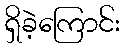
ရှိခဲ့ကြောင်း